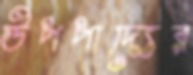
উপপাদ্যের